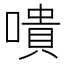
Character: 嘳